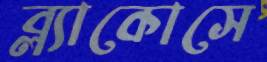
ব্ল্যাকোসে